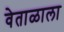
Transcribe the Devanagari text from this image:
वेताळाला